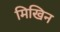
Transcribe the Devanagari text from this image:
मिखिन